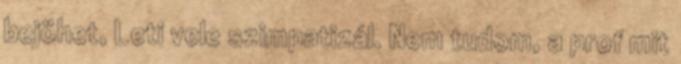
bejöhet, Leti vele szimpatizál. Nem tudom, a prof mit